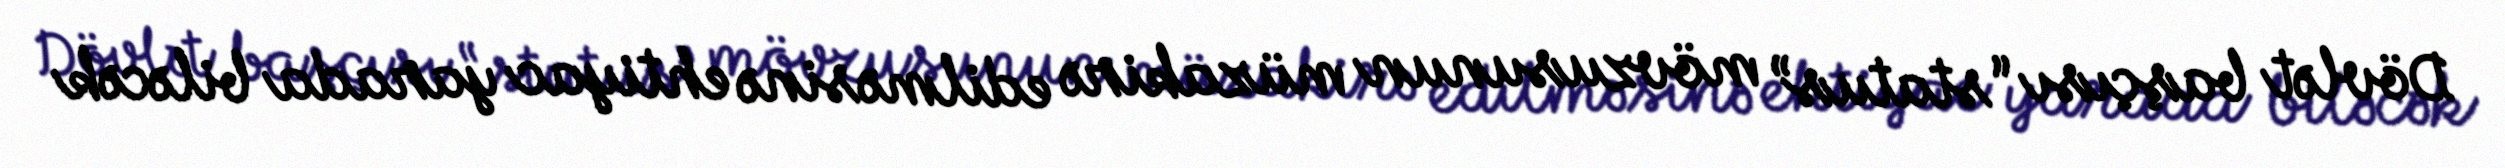
Dövlət başçısı “status” mövzusunun müzakirə edilməsinə ehtiyac yarada biləcək